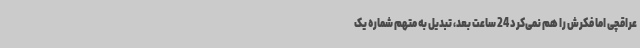
عراقچی اما فکرش را هم نمی‌کرد 24 ساعت بعد، تبدیل به متهم شماره یک